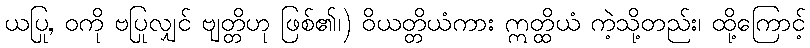
ယပြု, ဝကို ဗပြုလျှင် ဗျတ္တိဟု ဖြစ်၏၊) ဝိယတ္တိယံကား ဣတ္ထိယံ ကဲ့သို့တည်း၊ ထို့ကြောင့်